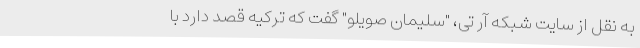
به نقل از سایت شبکه آر تی، "سلیمان صویلو" گفت که ترکیه قصد دارد با